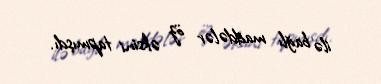
ilə bağlı maddələr öz əksini tapmışdı.